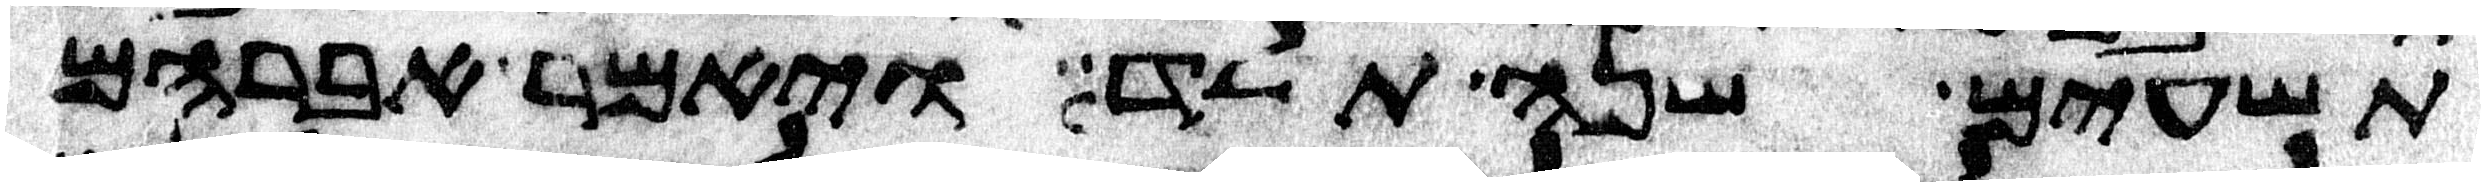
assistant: תשעים שנה תלד ויאמר אברהם